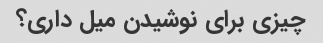
چیزی برای نوشیدن میل داری؟